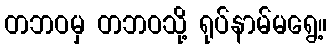
တဘဝမှ တဘဝသို့ ရုပ်နာမ်မရွေ့။